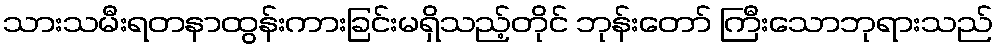
သားသမီးရတနာထွန်းကားခြင်းမရှိသည့်တိုင် ဘုန်းတော် ကြီးသောဘုရားသည်